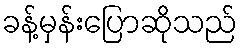
ခန့်မှန်းပြောဆိုသည်